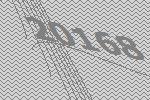
20168